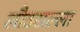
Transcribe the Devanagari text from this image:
लौठसल्ला